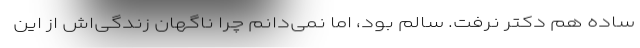
ساده هم دکتر نرفت. سالم بود، اما نمی‌دانم چرا ناگهان زندگی‌اش از این‌